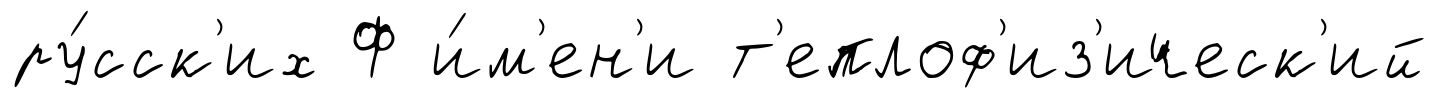
ру́сск'их Ф и́м'ен'и т'еплоф'из'ическ'ий